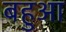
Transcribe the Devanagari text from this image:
बहुआ